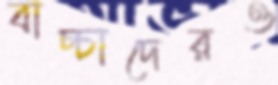
বাচ্চাদেরও